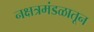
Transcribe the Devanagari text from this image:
नक्षत्रमंडळातून